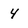
Character: 4